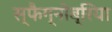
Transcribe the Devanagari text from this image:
स्फैग्नोब्रिया